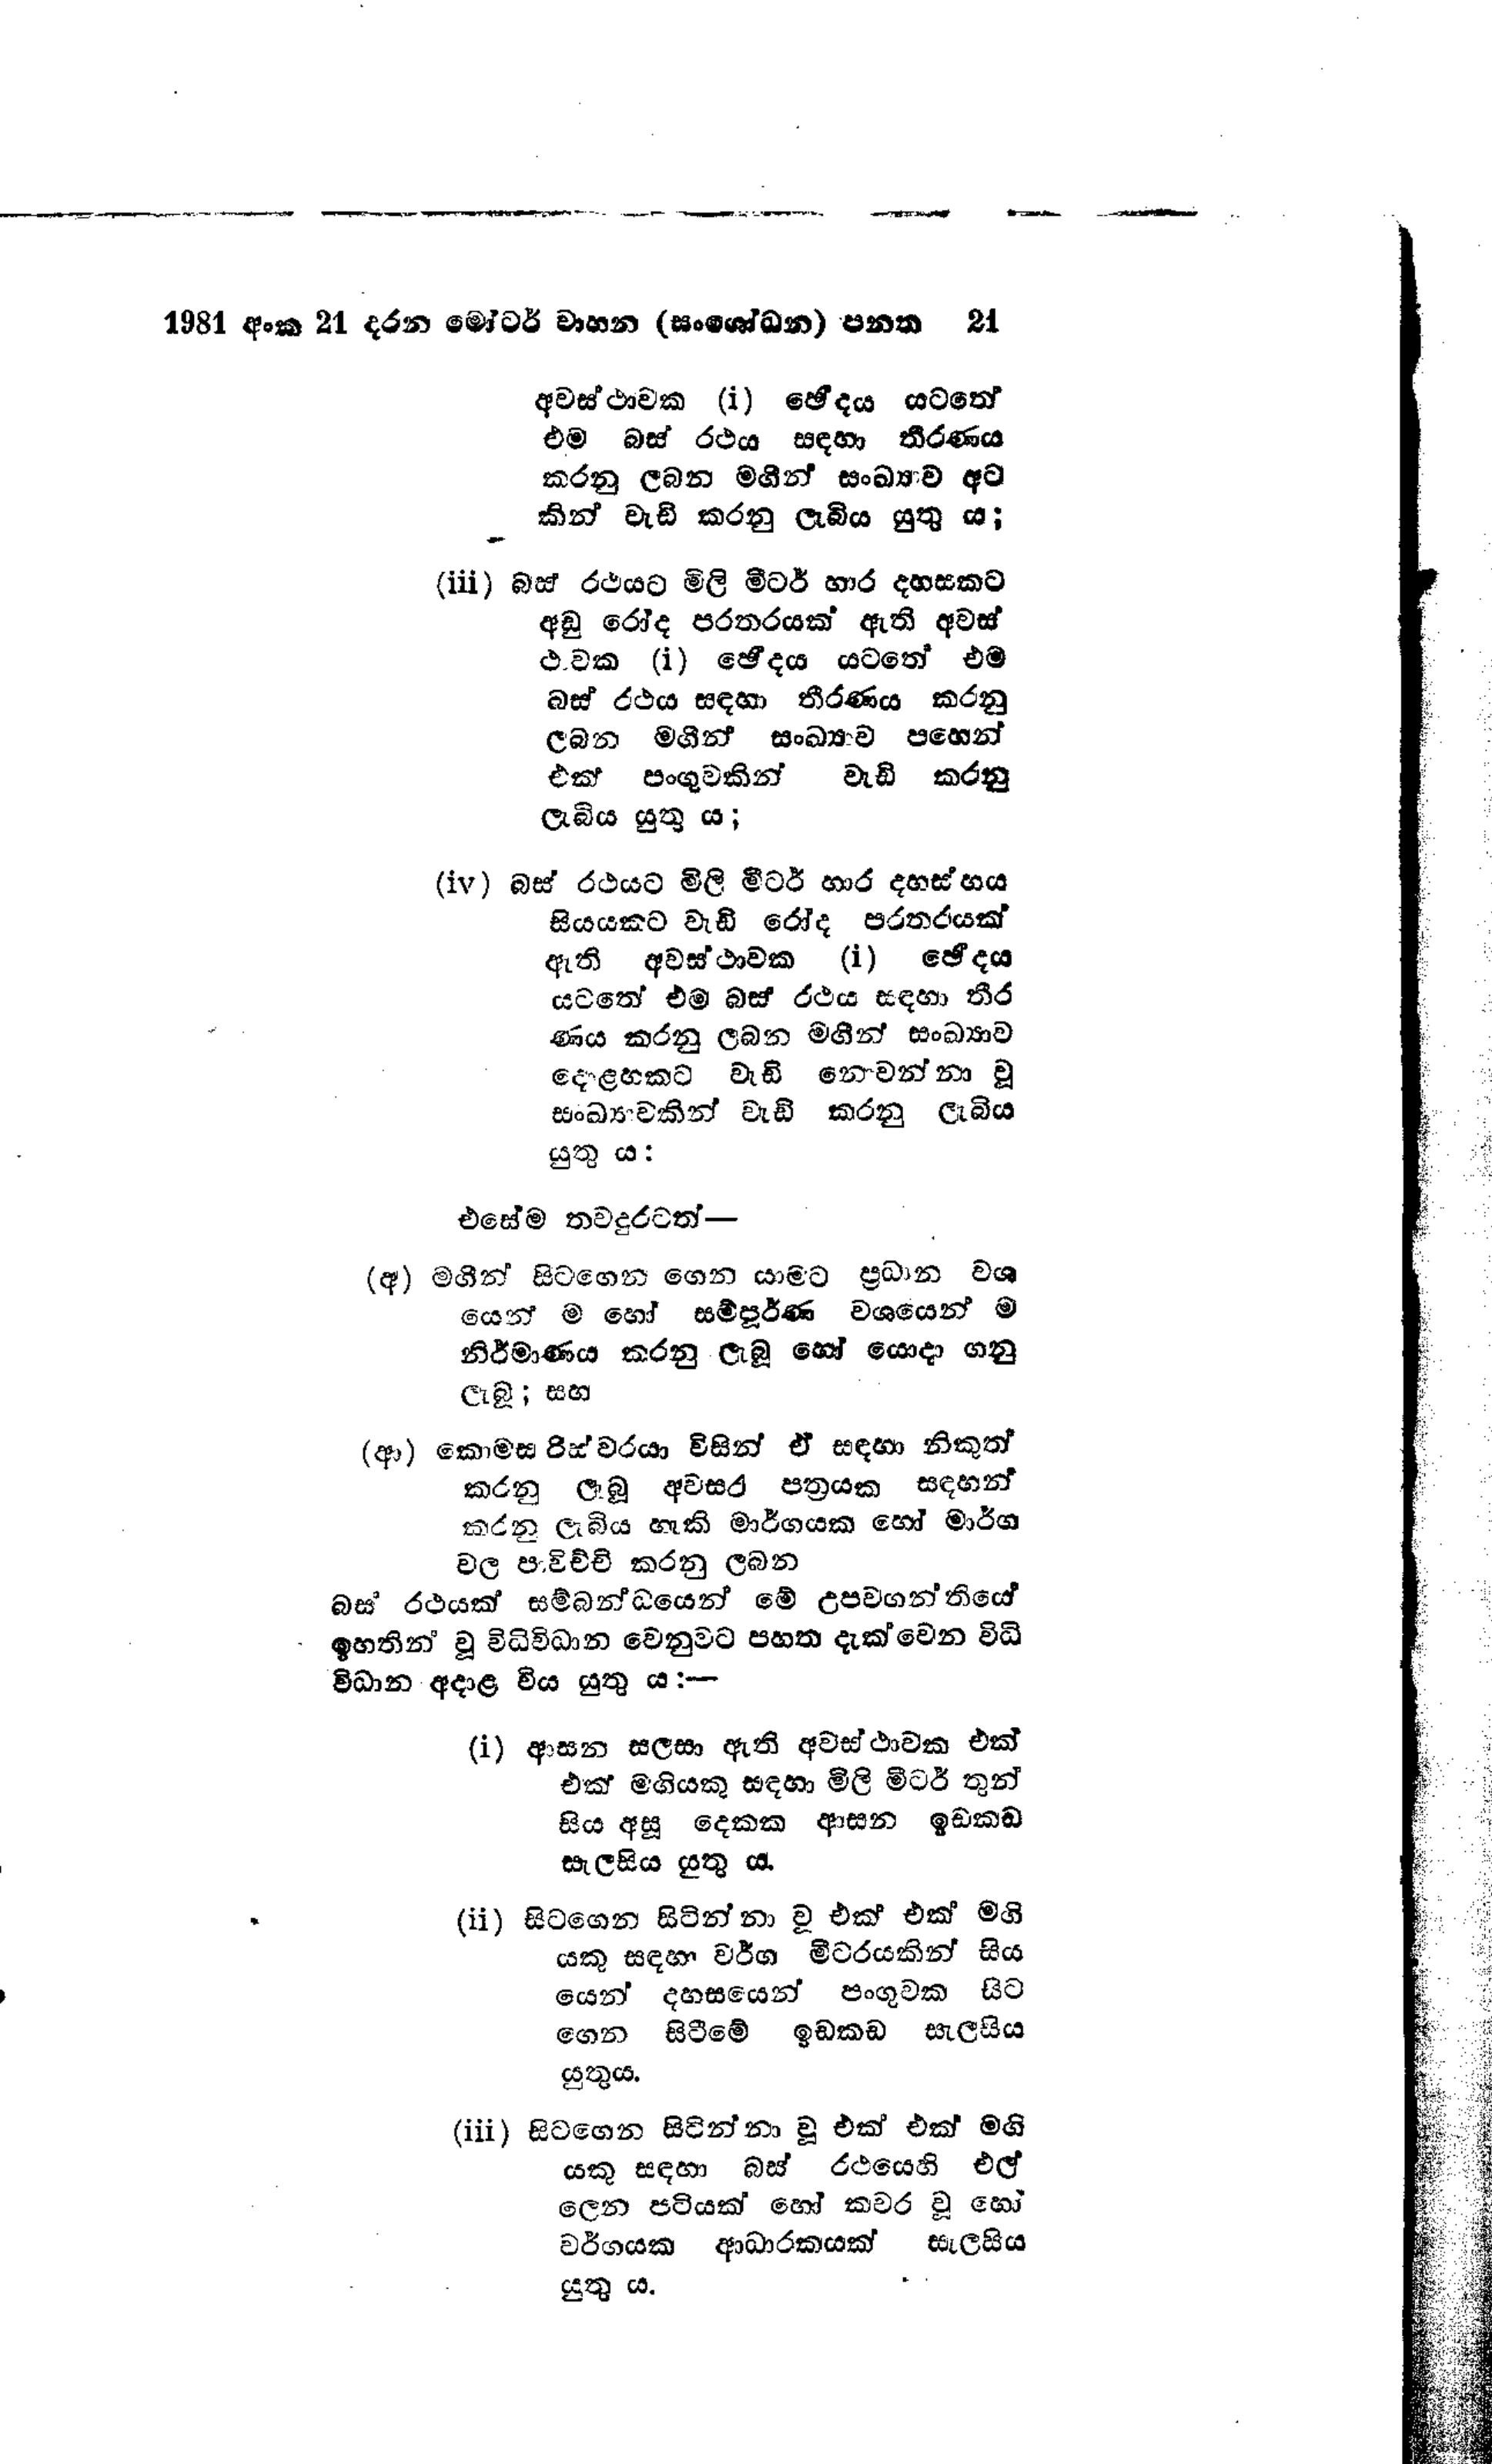
1981 අංක 21 දරන මෝටර් වාහන (සංශෝධන) පනත 	21

අවස්ථාවක (i) ඡේදය යටතේ
එම බස් රථය සඳහා තීරණය
කරනු ලබන මගින් සංඛ්‍යාව අට
කින් වැඩි කරනු ලැබිය යුතු ය;

(iii) බස් රථයට මිලි මීටර් හාර දහසකට
අඩු රෝද පරතරයක් ඇති අවස්
ථාවක (i) ඡේදය යටතේ එම
බස් රථය සඳහා තීරණය කරනු
ලබන මගින් සංඛ්‍යාව පහෙන්
එක් පංගුවකින් වැඩි කරනු
ලැබිය යුතු ය;

(iv) බස් රථයට මිලි මීටර් හාර දහස් හය
සියයකට වැඩි රෝද පරතරයක්
ඇති අවස්ථාවක (i) ඡේදය
යටතේ එම බස් රථය සඳහා තීර
ණය කරනු ලබන මගීන් සංඛ්‍යාව
දොළහකට වැඩි නොවන්නා වූ
සංඛ්‍යාවකින් වැඩි කරනු ලැබිය
යුතු ය:

එසේම තවදුරටත්

(අ) මගීන් සිටගෙන ගෙන යාමට ප්‍රධාන වශ
යෙන් ම හෝ සම්පූර්ණ වශයෙන් ම
නිර්මාණය කරනු ලැබූ හෝ යොදා ගනු
ලැබූ; සහ

(ආ) කොමසරිස්වරයා විසින් ඒ සඳහා නිකුත්
කරනු ලැබූ අවසර පත්‍රයක සඳහන්
කරනු ලැබිය හැකි මාර්ගයක හෝ මාර්ග
වල පාවිච්චි කරනු ලබන

බස රථයක් සම්බන්ධයෙන් මේ උපවගන්තියේ
ඉහතින් වූ විධිවිධාන වෙනුවට පහත දැක්වෙන විධි
විධාන අදාළ විය යුතු ය:—

(i) ආසන සලසා ඇති අවස්ථාවක එක්
එක් මගියකු සඳහා මිලි මීටර් තුන්
සිය අසූ දෙකක ආසන ඉඩකඩ
සැලසිය යුතු ය.

(ii) සිටගෙන සිටින්නා වූ එක් එක් මගි
යකු සඳහා වර්ග මීටරයකින් සිය
යෙන් දහසයෙන් පංගුවක සිට
ගෙන සිටීමේ ඉඩකඩ සැලසිය
යුතුය.

(iii) සිටගෙන සිටින්නා වූ එක් එක් මගි
යකු සඳහා බස් රථයෙහි එල්
ලෙන පටියක් හෝ කවර වූ හෝ
වර්ගයක ආධාරකයක් සැලසිය
යුතු ය.